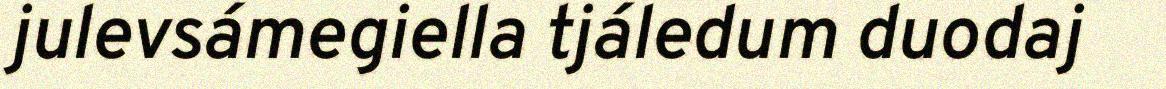
julevsámegiella tjáledum duodaj